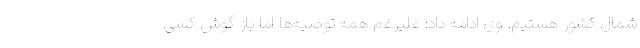
شمال کشور هستیم. وی ادامه داد: علیرغم همه توصیه‌ها اما باز گوش کسی